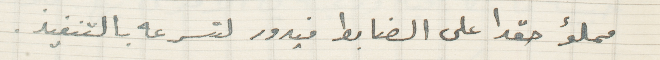
مملؤ حقدا على الضابط فيدور لتسرعه بالتنفيذ.